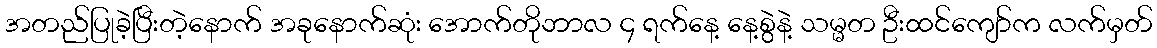
အတည်ပြုခဲ့ပြီးတဲ့နောက် အခုနောက်ဆုံး အောက်တိုဘာလ ၄ ရက်နေ့ နေ့စွဲနဲ့ သမ္မတ ဦးထင်ကျော်က လက်မှတ်